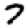
Digit: 7